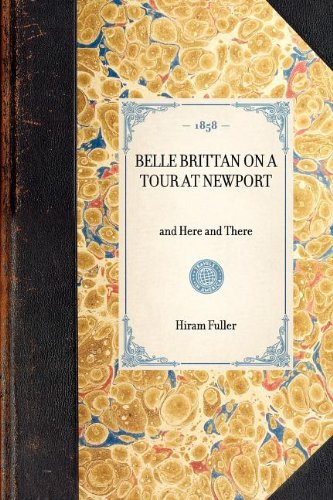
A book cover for Belle Brittan on a Tour at Newport: and Here and There (Travel in America); Hiram Fuller; Travel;